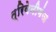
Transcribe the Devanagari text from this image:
त्रिवेनीगंज